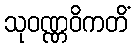
သုဝဏ္ဏဝိကတိံ